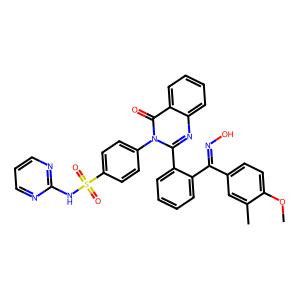
SMILES: COc1ccc(C(=NO)c2ccccc2-c2nc3ccccc3c(=O)n2-c2ccc(S(=O)(=O)Nc3ncccn3)cc2)cc1C
Inhibits HIV replication: No